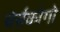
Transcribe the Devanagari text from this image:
चेर्सकोगो